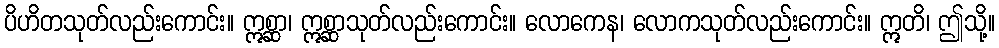
ပိဟိတသုတ်လည်းကောင်း။ ဣစ္ဆာ၊ ဣစ္ဆာသုတ်လည်းကောင်း။ လောကေန၊ လောကသုတ်လည်းကောင်း။ ဣတိ၊ ဤသို့။